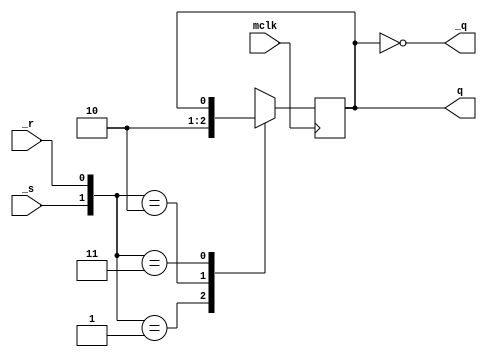
/*
  MIT License

  Copyright (c) 2019 Richard Eng

  Permission is hereby granted, free of charge, to any person obtaining a copy
  of this software and associated documentation files (the "Software"), to deal
  in the Software without restriction, including without limitation the rights
  to use, copy, modify, merge, publish, distribute, sublicense, and/or sell
  copies of the Software, and to permit persons to whom the Software is
  furnished to do so, subject to the following conditions:

  The above copyright notice and this permission notice shall be included in all
  copies or substantial portions of the Software.

  THE SOFTWARE IS PROVIDED "AS IS", WITHOUT WARRANTY OF ANY KIND, EXPRESS OR
  IMPLIED, INCLUDING BUT NOT LIMITED TO THE WARRANTIES OF MERCHANTABILITY,
  FITNESS FOR A PARTICULAR PURPOSE AND NONINFRINGEMENT. IN NO EVENT SHALL THE
  AUTHORS OR COPYRIGHT HOLDERS BE LIABLE FOR ANY CLAIM, DAMAGES OR OTHER
  LIABILITY, WHETHER IN AN ACTION OF CONTRACT, TORT OR OTHERWISE, ARISING FROM,
  OUT OF OR IN CONNECTION WITH THE SOFTWARE OR THE USE OR OTHER DEALINGS IN THE
  SOFTWARE.
*/

/*
    inputs      outputs
    _s  _r      q   _q
    0   0       x   x
    0   1       1   0
    1   0       0   1
    1   1       q0  _q0
*/

module srlatch
(
    input wire mclk, _s, _r,
    output wire q,
    output wire _q
);

reg val;
initial val = 1'b0;

always @(posedge mclk) begin
    case({_s, _r})
        {1'b0, 1'b0}: val <= 1'bx;
        {1'b0, 1'b1}: val <= 1'b1;
        {1'b1, 1'b0}: val <= 1'b0;
        {1'b1, 1'b1}: val <= val;
    endcase
end

assign q = val;
assign _q = ~q;

endmodule